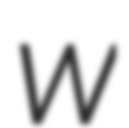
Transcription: W